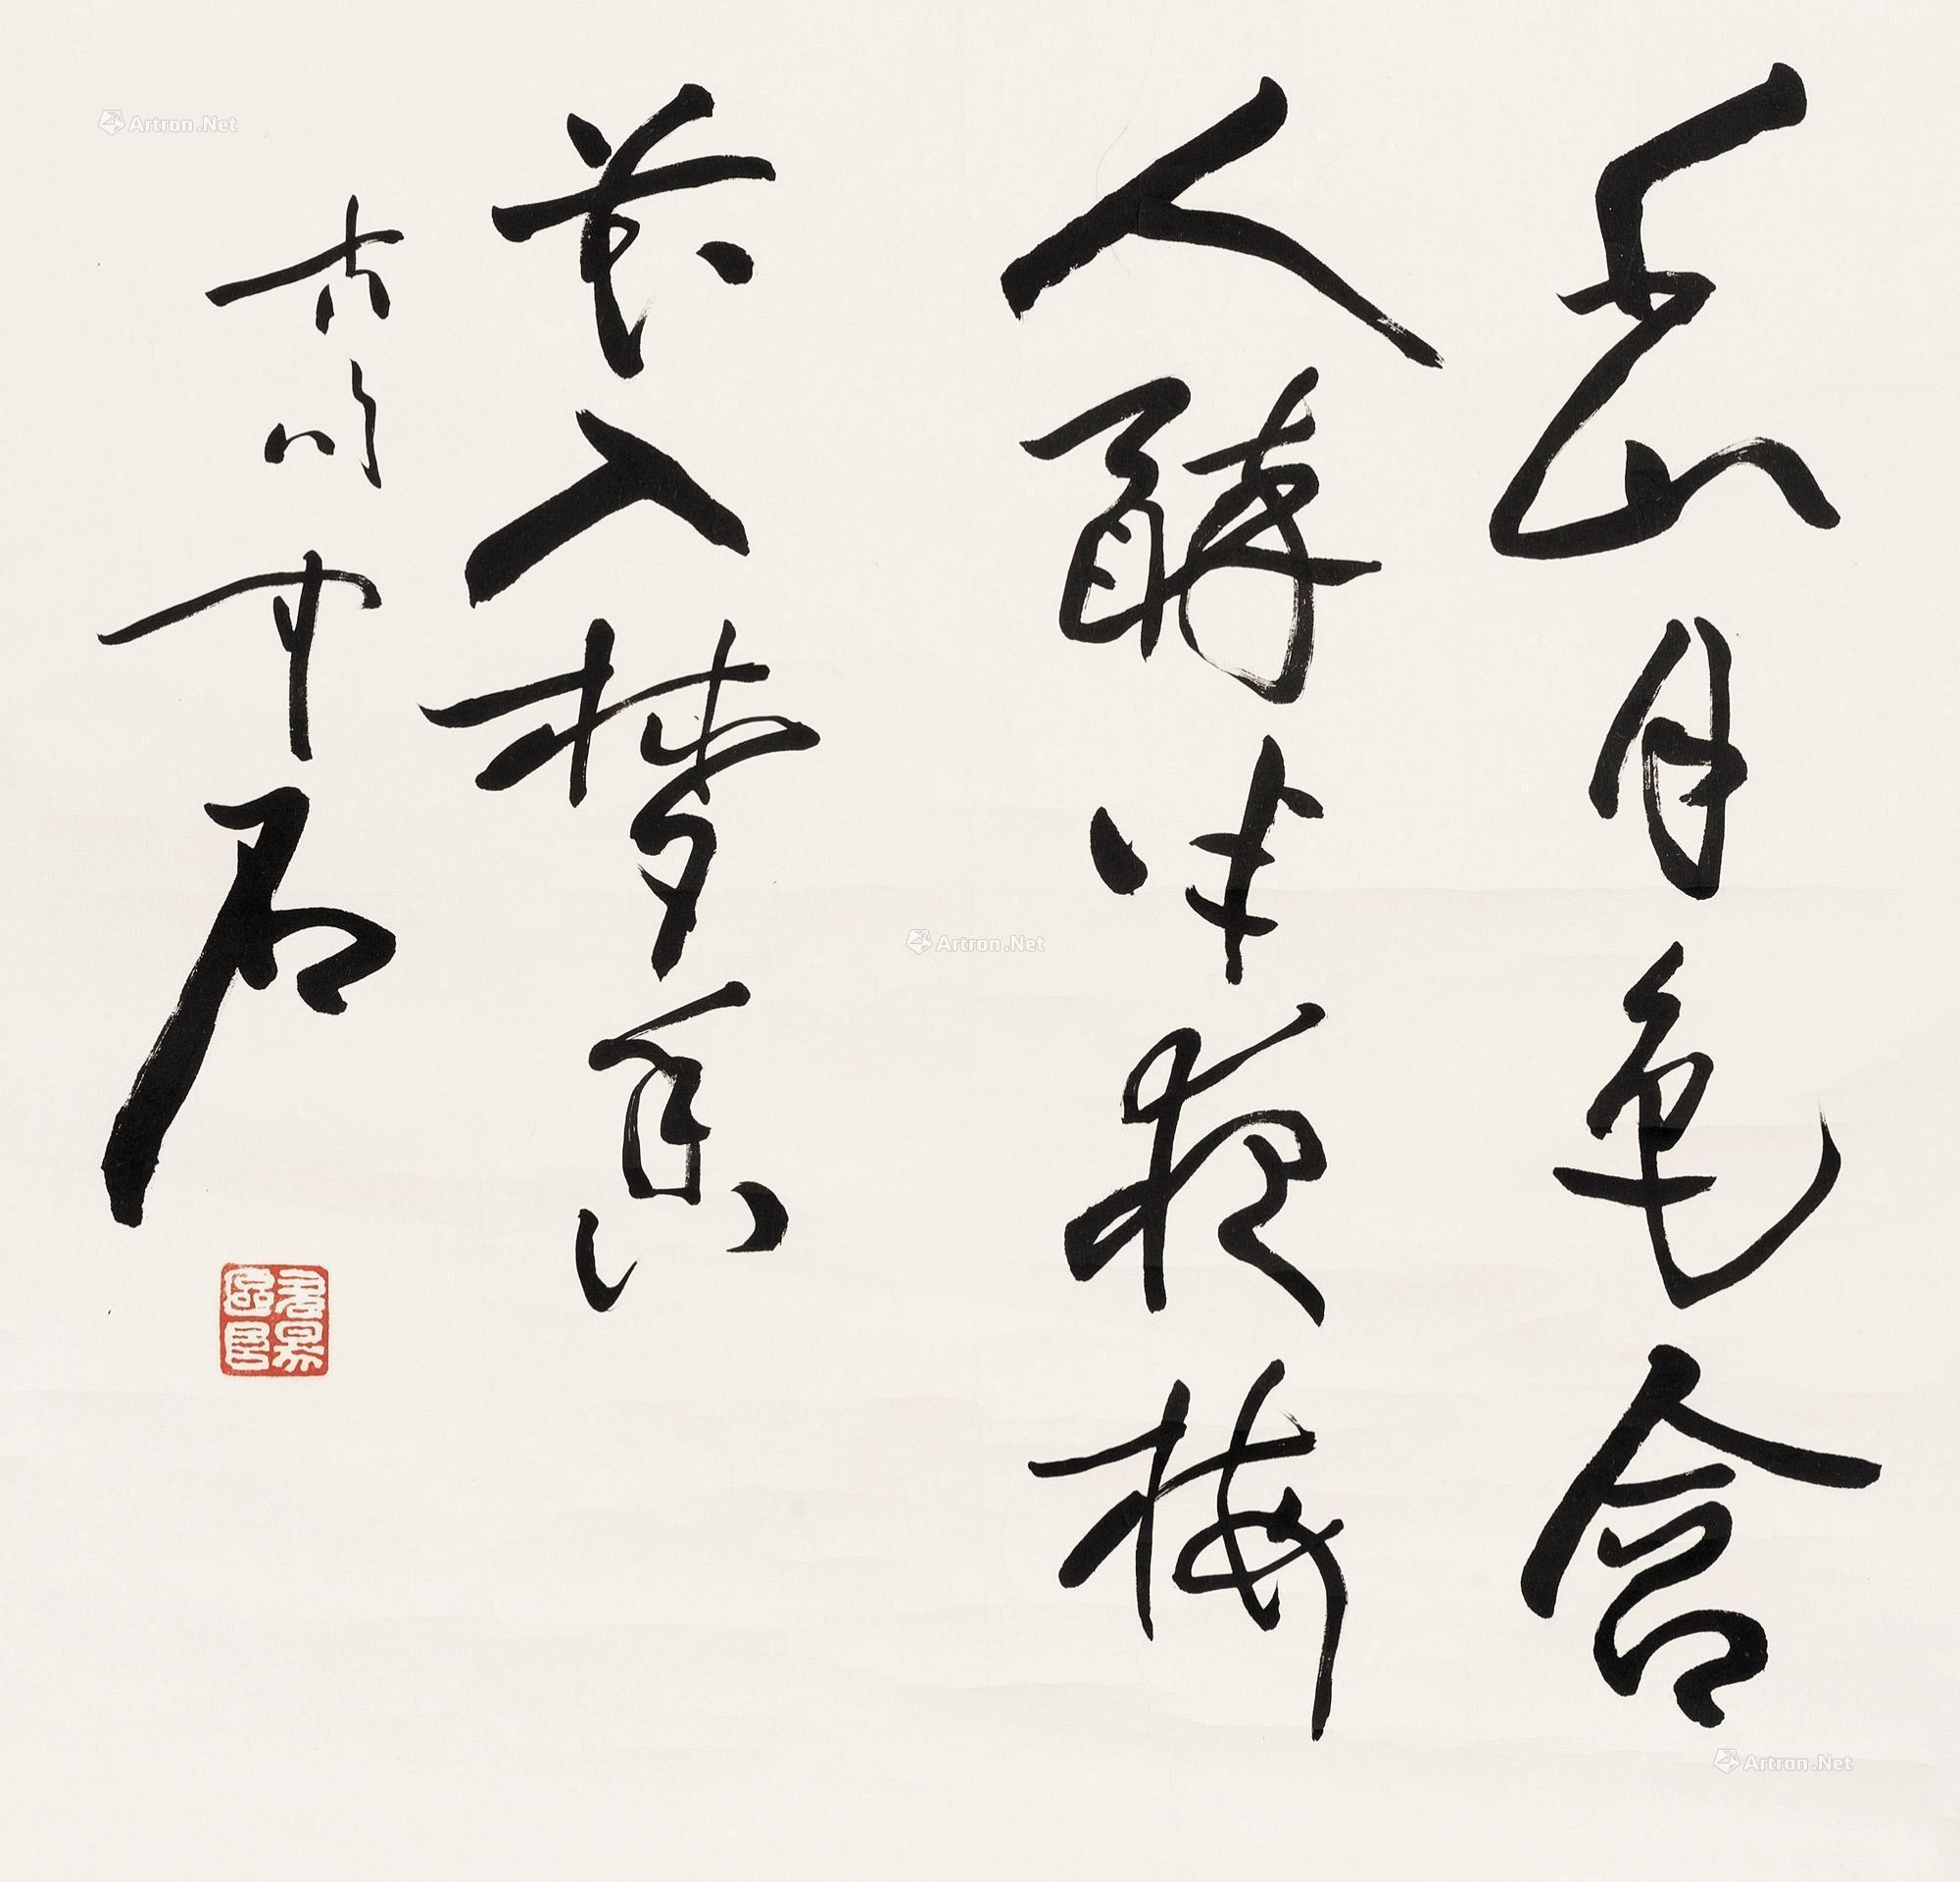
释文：千山月色含人醉半夜梅花入梦香。中石。